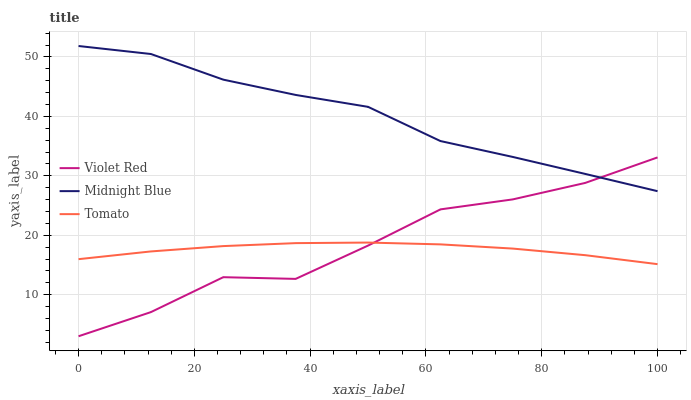
| xaxis_label | Violet Red | Midnight Blue | Tomato |
 | --- | --- | --- | --- |
 | 0 | 3 | 51.8 | 16 |
 | 12.5 | 7.06 | 50.5 | 17.3 |
 | 25 | 12.9 | 46.2 | 18.2 |
 | 37.5 | 12.7 | 43.6 | 18.7 |
 | 50 | 18.3 | 41.6 | 18.8 |
 | 62.5 | 24.4 | 35.9 | 18.5 |
 | 75 | 26 | 33.2 | 17.8 |
 | 87.5 | 28.8 | 30.3 | 16.6 |
 | 100 | 33.1 | 27.4 | 15.1 |